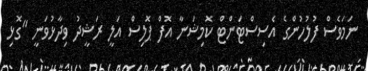
ނަމަވެސް ފުލުހުންގެ އެސިސްޓަންޓް ކޮމިޝަނާ އޮފް ޕޮލިސް އަލީ ރަޝީދު ވިދާޅުވަނީ "ގޮޅި